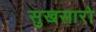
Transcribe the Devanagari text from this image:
सुखसारो